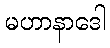
မဟာနာဒေါ